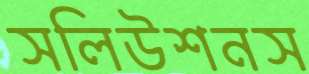
সলিউশনস